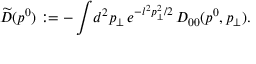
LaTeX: \widetilde { D } ( p ^ { 0 } ) : = - \int \! d ^ { 2 } p _ { \perp } \, e ^ { - l ^ { 2 } p _ { \perp } ^ { 2 } / 2 } \, D _ { 0 0 } ( p ^ { 0 } , p _ { \perp } ) .